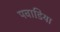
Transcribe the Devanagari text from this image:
पवाडिया